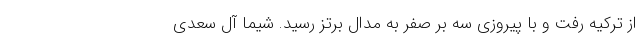
از ترکیه رفت و با پیروزی سه بر صفر به مدال برتز رسید. شیما آل سعدی